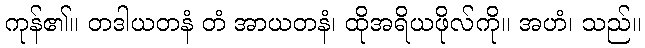
ကုန်၏။ တဒါယတနံ တံ အာယတနံ၊ ထိုအရိယဖိုလ်ကို။ အဟံ၊ သည်။